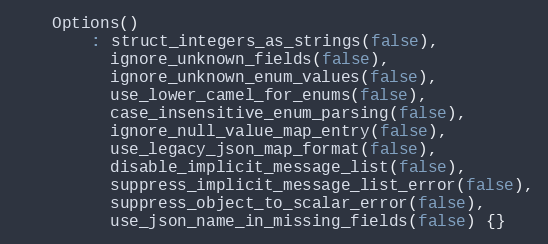
Language: C
    Options()
        : struct_integers_as_strings(false),
          ignore_unknown_fields(false),
          ignore_unknown_enum_values(false),
          use_lower_camel_for_enums(false),
          case_insensitive_enum_parsing(false),
          ignore_null_value_map_entry(false),
          use_legacy_json_map_format(false),
          disable_implicit_message_list(false),
          suppress_implicit_message_list_error(false),
          suppress_object_to_scalar_error(false),
          use_json_name_in_missing_fields(false) {}